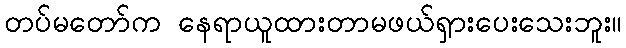
တပ်မတော်က နေရာယူထားတာမဖယ်ရှားပေးသေးဘူး။